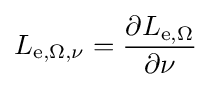
L_{\mathrm {e} ,\Omega ,\nu }={\frac {\partial L_{\mathrm {e} ,\Omega }}{\partial \nu }}